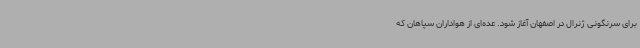
برای سرنگونی ژنرال در اصفهان آغاز شود. عده‌ای از هواداران سپاهان که